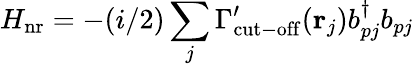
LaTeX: H_{\mathrm{nr}}=-(i/2)\sum_{j}\Gamma_{\mathrm{cut-off}}^{\prime}({\mathbf r}_{j})b_{pj}^{\dagger}b_{pj}